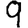
Digit: 9